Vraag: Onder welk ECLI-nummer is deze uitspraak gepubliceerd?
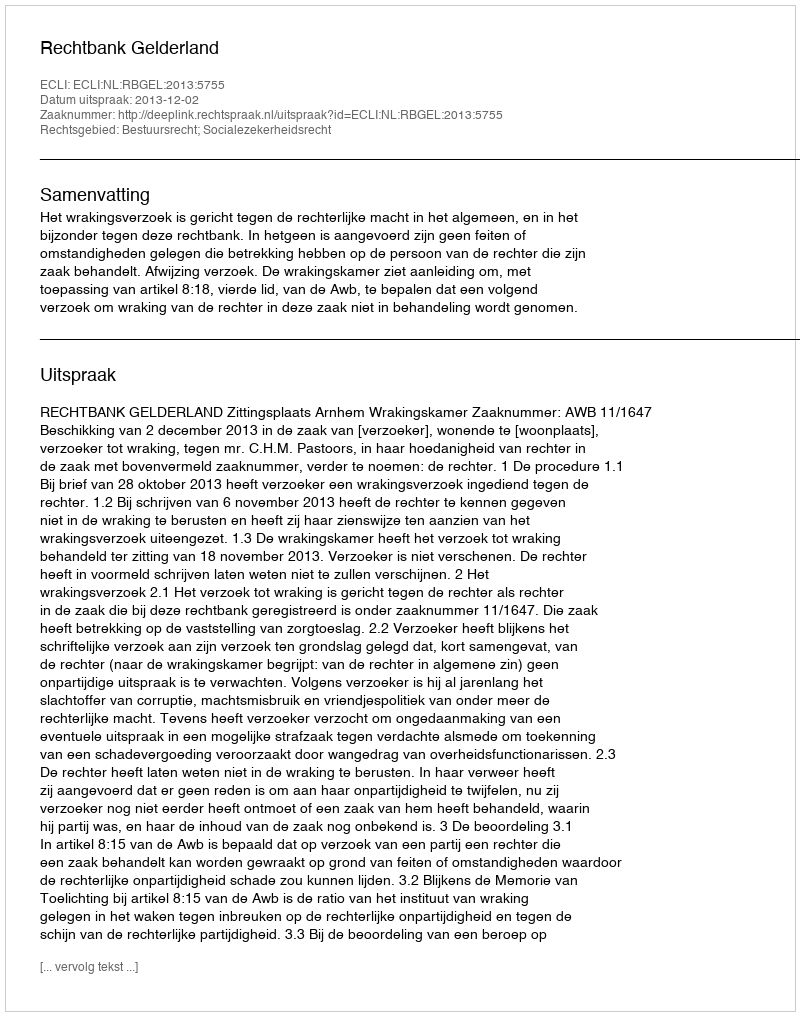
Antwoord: ECLI:NL:RBGEL:2013:5755